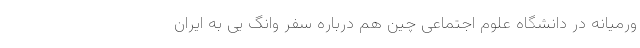
ورمیانه در دانشگاه علوم اجتماعی چین هم درباره سفر وانگ یی به ایران